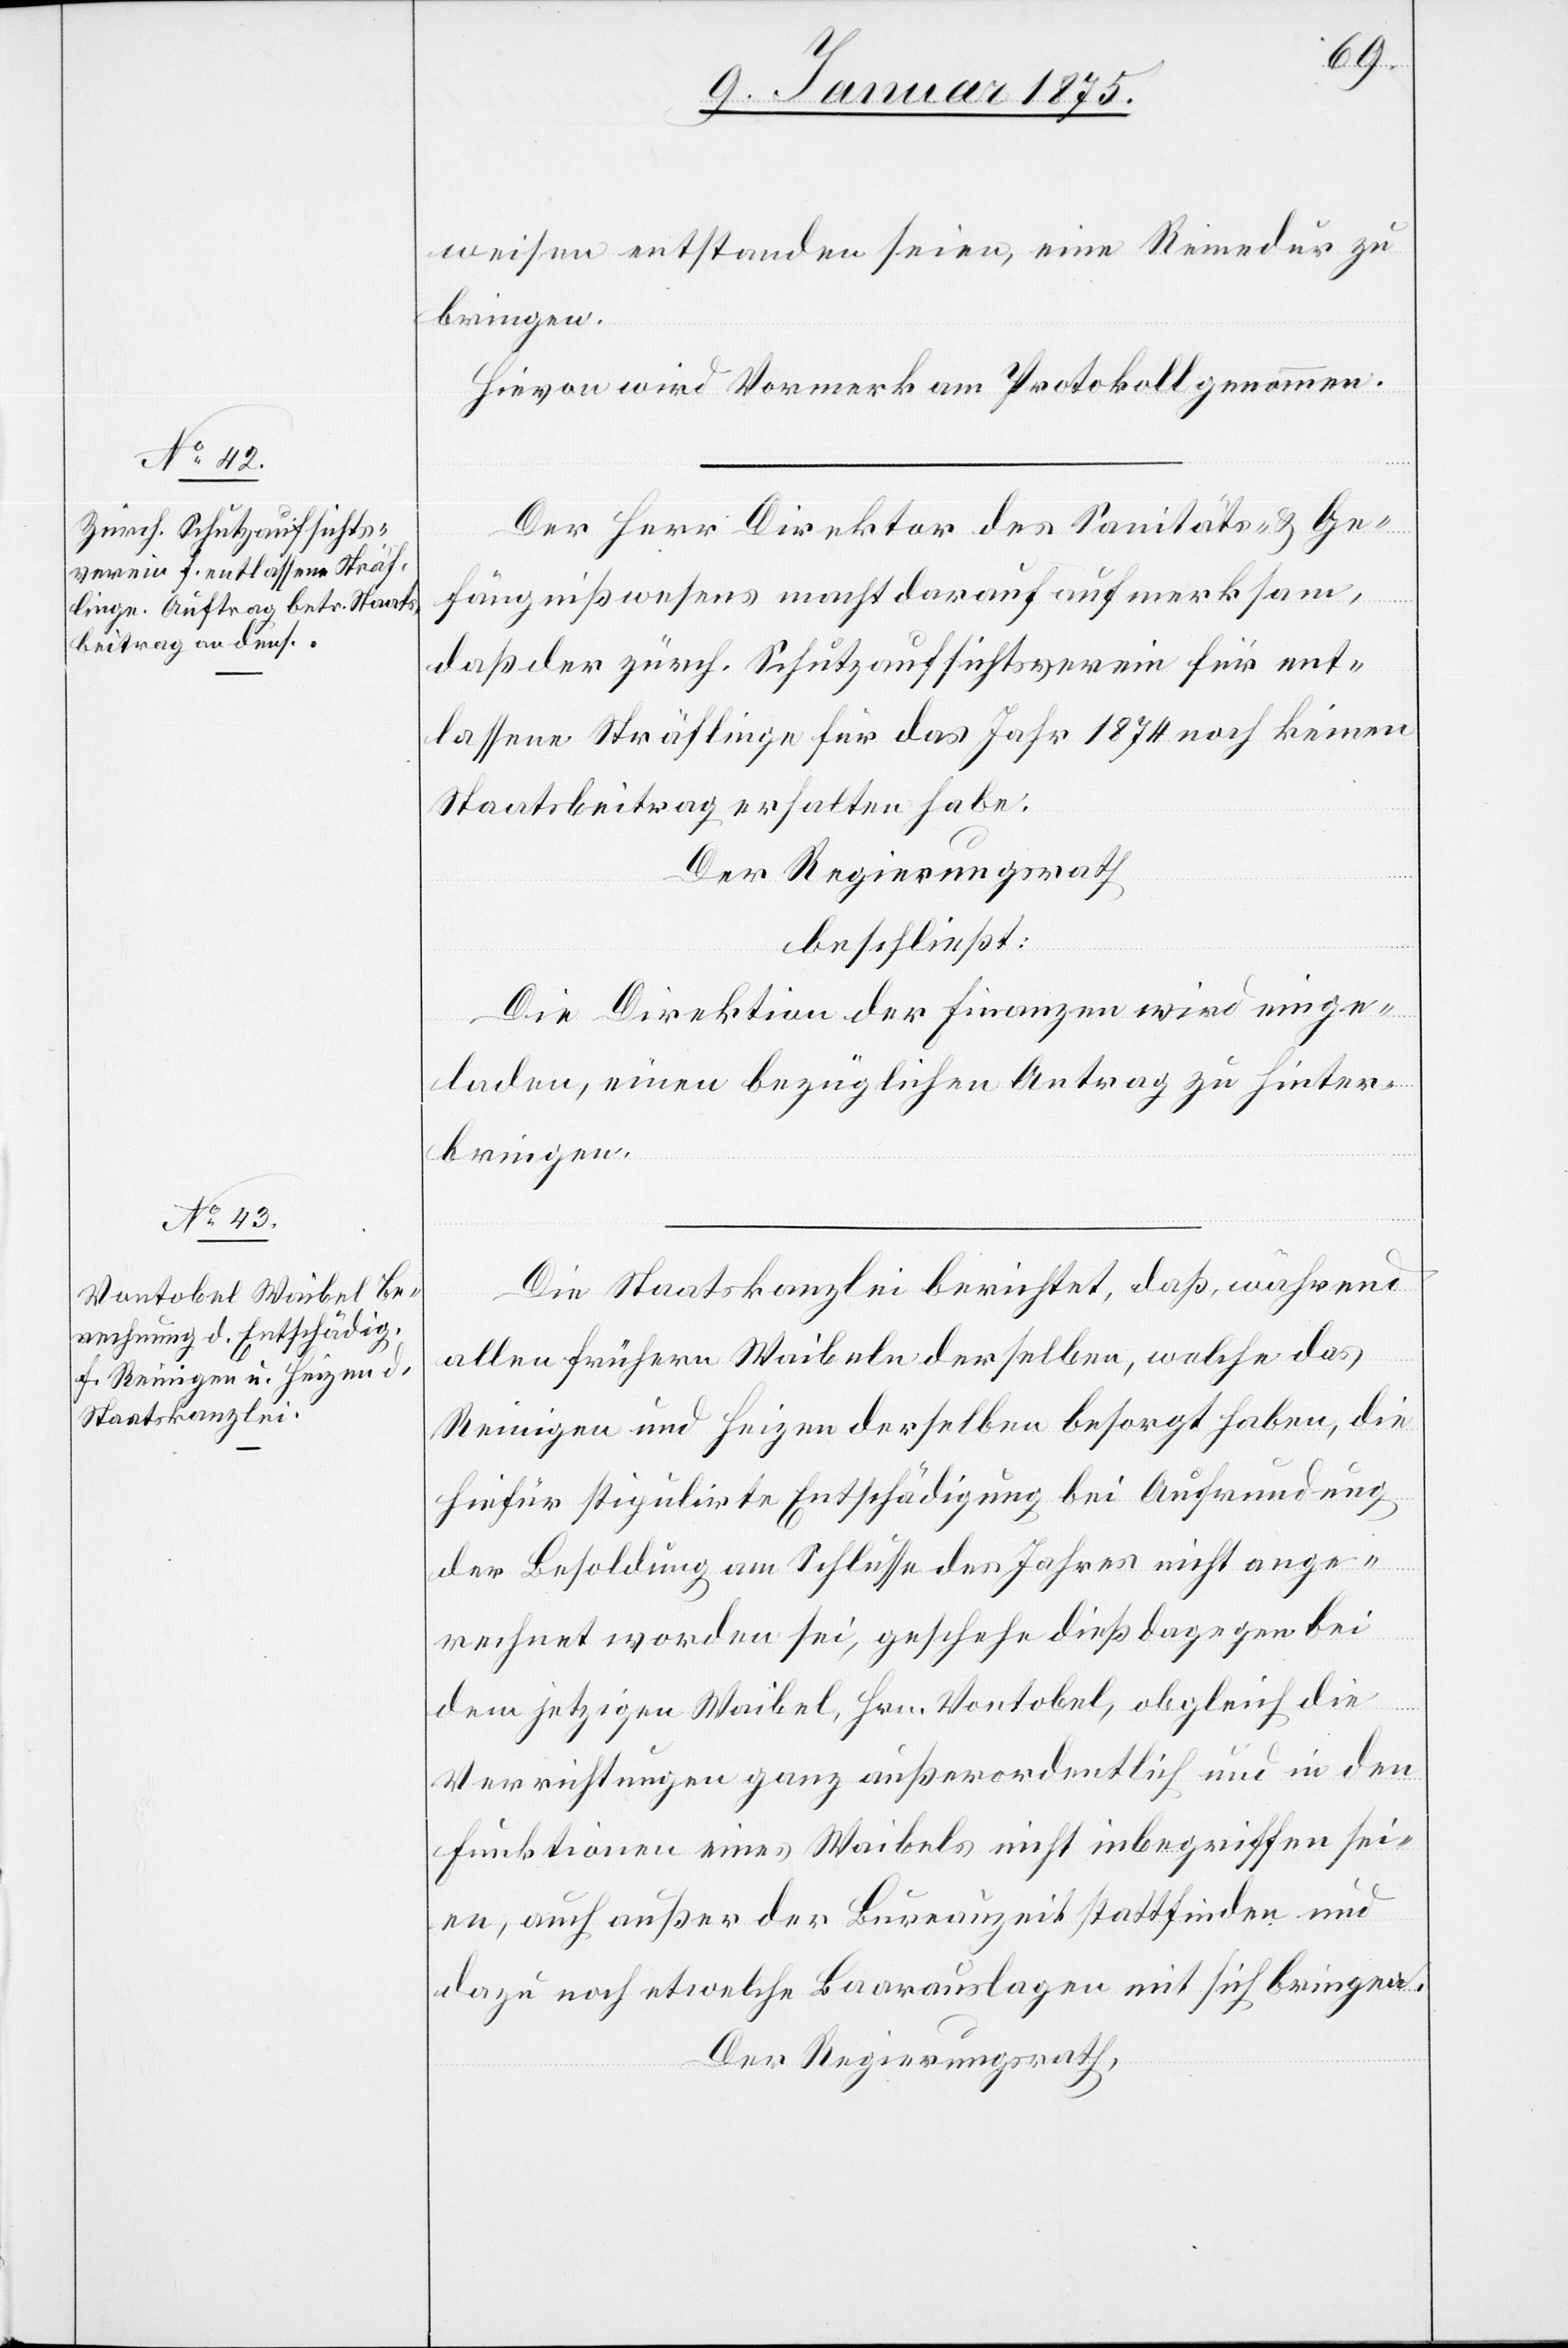
weisen entstanden seien, eine Remedur zu
bringen.
Hievon wird Vormerk am Protokoll genommen.
Der Herr Direktor des Sanitäts- & Ge¬
fängnißwesens macht darauf aufmerksam,
daß der zürch. Schutzaufsichtsverein für ent¬
lassene Sträflinge für das Jahr 1874 noch keinen
Staatsbeitrag erhalten habe.
Der Regierungsrath
beschließt:
Die Direktion der Finanzen wird einge¬
laden, einen bezüglichen Antrag zu hinter¬
bringen.
Die Staatskanzlei berichtet, daß, während
allen frühern Waibeln derselben, welche das
Reinigen und Heizen derselben besorgt haben, die
hiefür stipulirte Entschädigung bei Aufrundung
der Besoldung am Schlusse des Jahres nicht ange¬
rechnet worden sei, geschehe dieß dagegen bei
dem jetzigen Waibel, Hrn. Vontobel, obgleich die
Verrichtungen ganz außerordentlich und in den
Funktionen eines Waibels nicht inbegriffen sei¬
en, auch außer der Bureauzeit stattfinden und
dazu noch etwelche Baarauslagen mit sich bringen.
Der Regierungsrath,